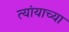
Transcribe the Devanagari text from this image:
त्यांयाच्या